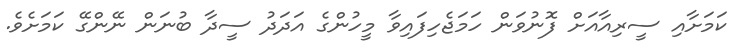
ކަމަށާއި ސީރިއާއަށް ފޮނުވަން ހަމަޖެހިފައިވާ މީހުންގެ އަދަދު ސީދާ ބުނަން ނޭންގޭ ކަމަށެވެ.